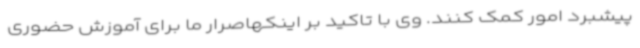
پیشبرد امور کمک کنند. وی با تاکید بر اینکهاصرار ما برای آموزش حضوری